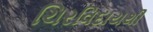
ચિરવિદાયથી